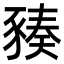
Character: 𧱪